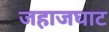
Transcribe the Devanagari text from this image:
जहाजघाट